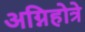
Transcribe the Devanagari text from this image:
अग्निहोत्रे